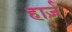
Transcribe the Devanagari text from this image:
हार्ज़